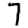
Digit: 7